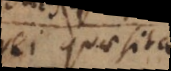
et quaesita